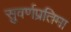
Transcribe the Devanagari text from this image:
सुवर्णप्रतिमा